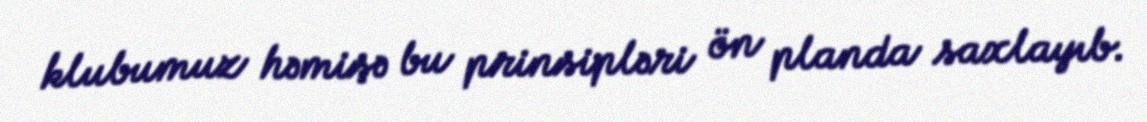
klubumuz həmişə bu prinsipləri ön planda saxlayıb.